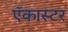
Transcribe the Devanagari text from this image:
ऍकास्टर